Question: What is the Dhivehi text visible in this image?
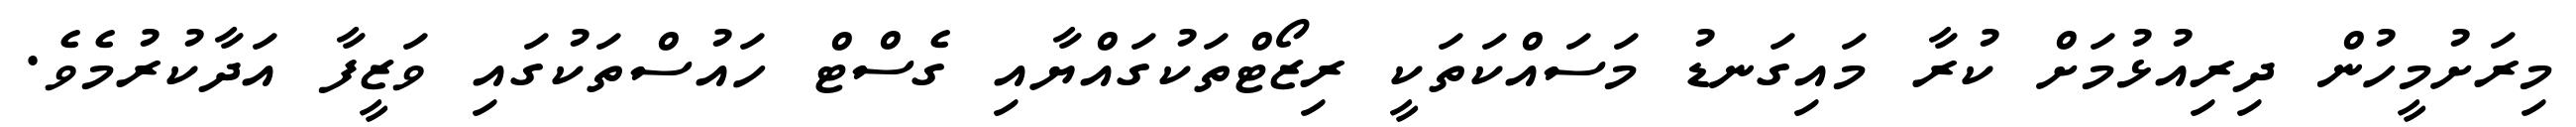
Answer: މިރަށުމީހުން ދިރިއުޅުމަށް ކުރާ މައިގަނޑު މަސައްކަތަކީ ރިޒޯޓްތަކުގައްޔާއި ގެސްޓް ހައުސްތަކުގައި ވަޒީފާ އަދާކުރުމެވެ.